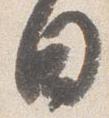
日